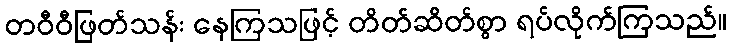
တဝီဝီဖြတ်သန်း နေကြသဖြင့် တိတ်ဆိတ်စွာ ရပ်လိုက်ကြသည်။